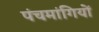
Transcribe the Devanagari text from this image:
पंचमांगियों